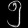
Digit: ၅